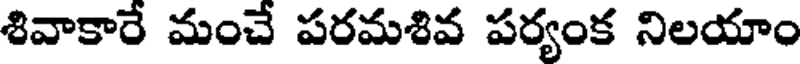
శివాకారే మంచే పరమశివ పర్యంక నిలయాం